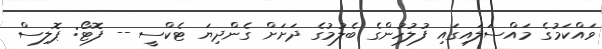
ވައްކަމުގެ މައްސަލައިގައި ފުލުހުންގެ ބެލުމުގެ ދަށަށް ގެންދިޔަ ޓެކްސީ -- ފޮޓޯ: ޕޮލިސް